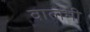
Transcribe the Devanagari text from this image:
वालेभी